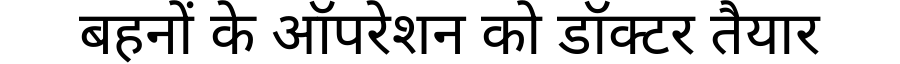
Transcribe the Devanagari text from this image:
बहनों के ऑपरेशन को डॉक्टर तैयार